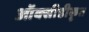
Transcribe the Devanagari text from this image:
ऑक्सीडीकृत